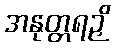
အနုတ္တရဉှိ